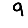
Digit: 9